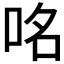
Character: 𠱷